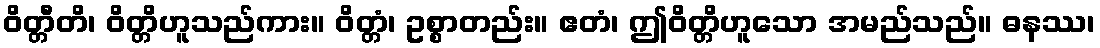
ဝိတ္တီတိ၊ ဝိတ္တိဟူသည်ကား။ ဝိတ္တံ၊ ဥစ္စာတည်း။ ဧတံ၊ ဤဝိတ္တိဟူသော အမည်သည်။ ဓနဿ၊